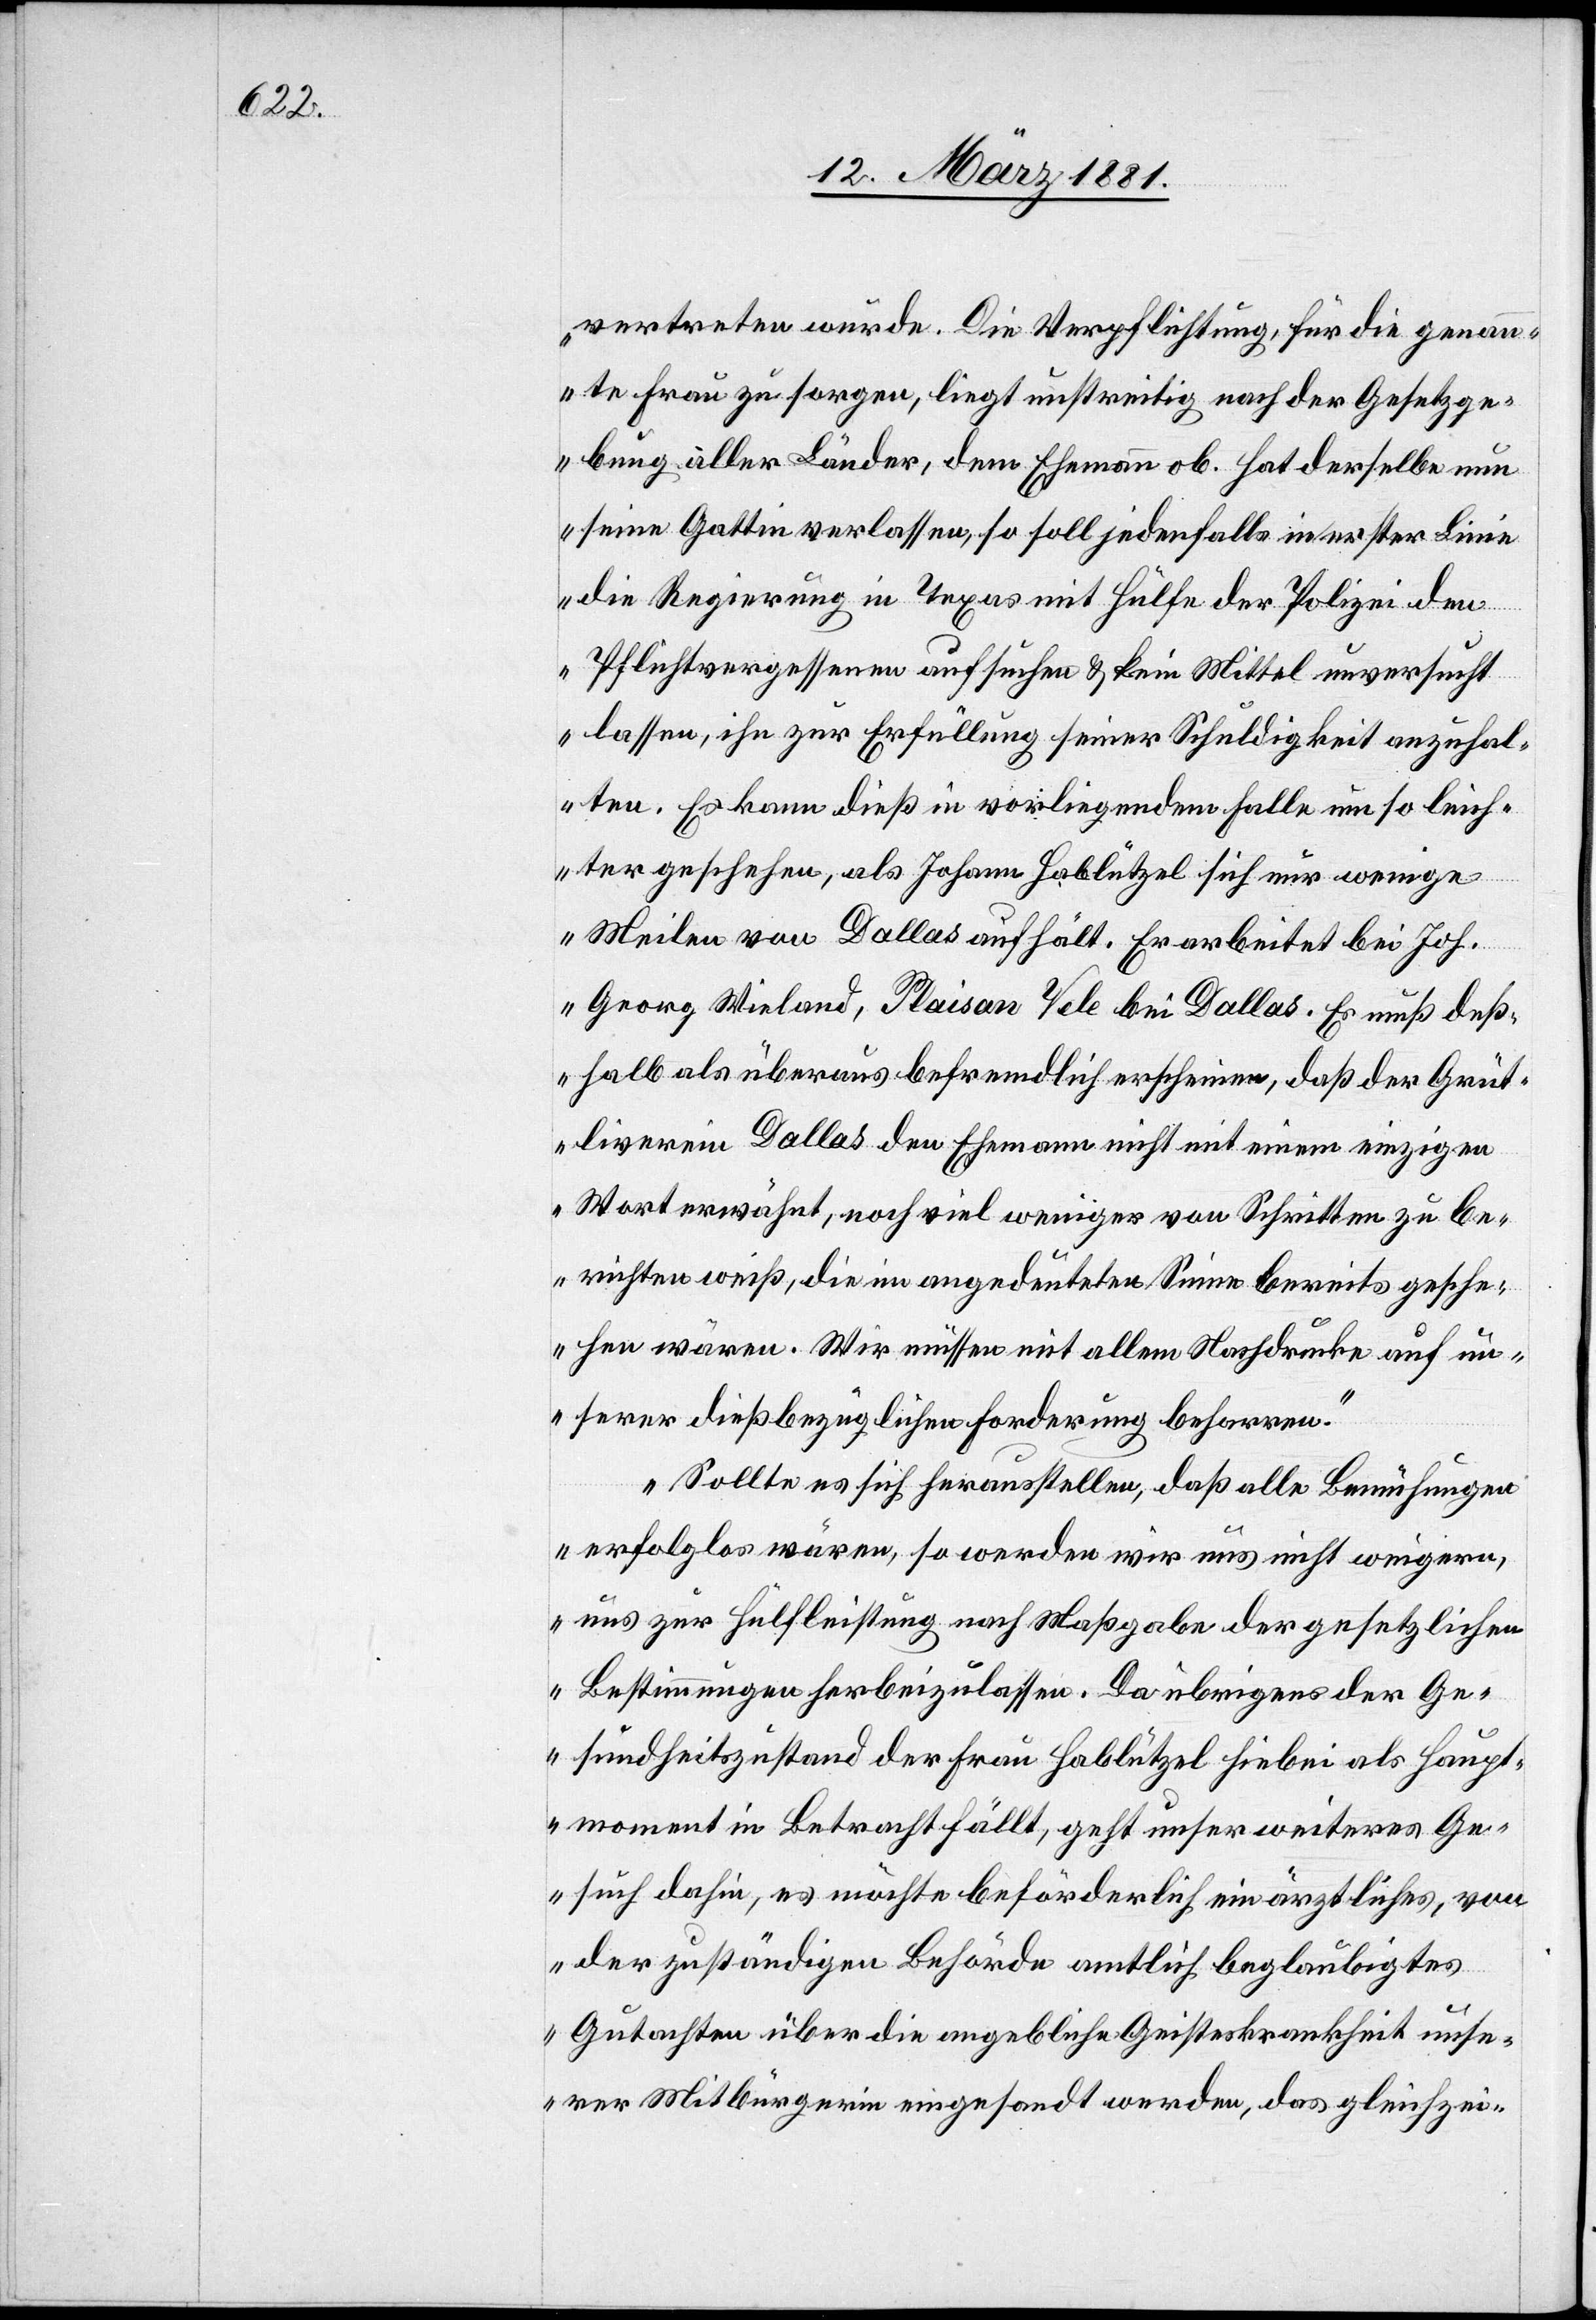
vertreten wurde. Die Verpflichtung, für die genan¬
nte Frau zu sorgen, liegt unstreitig nach der Gesetzge¬
bung aller Länder, dem Ehemann ob. Hat derselbe nun
seine Gattin verlassen, so soll jedenfalls in erster Linie
die Regierung in Texas mit Hülfe der Polizei den
Pflichtvergessenen aufsuchen & kein Mittel unversucht
lassen, ihn zur Erfüllung seiner Schuldigkeit anzuhal¬
ten. Es kann dieß in vorliegendem Falle um so leich¬
ter geschehen, als Johann Hablützel sich nur wenige
Meilen von Dallas aufhält. Er arbeitet bei Joh.
Georg Wieland, Plaisan Vele bei Dallas. Es muß deß¬
halb als überaus befremdlich erscheinen, daß der Grüt¬
liverein Dallas den Ehemann nicht mit einem einzigen
Wort erwähnt, noch viel weniger von Schritten zu be¬
richten weiß, die im angedeuteten Sinne bereits gesche¬
hen wären. Wir müssen mit allem Nachdrucke auf un¬
serer dießbezüglichen Forderung beharren.“
„Sollte es sich herausstellen, daß alle Bemühungen
erfolglos wären, so werden wir uns nicht weigern,
uns zur Hülfleistung nach Maßgabe der gesetzlichen
Bestimmungen herbeizulassen. Da übrigens der Ge¬
sundheitszustand der Frau Hablützel hiebei als Haupt¬
moment in Betracht fällt, geht unser weiteres Ge¬
such dahin, es möchte beförderlich ein ärztliches, von
der zuständigen Behörde amtlich beglaubigtes
Gutachten über die angebliche Geisteskrankheit unse¬
rer Mitbürgerin eingesandt werden, das gleichzei-